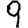
Digit: 9